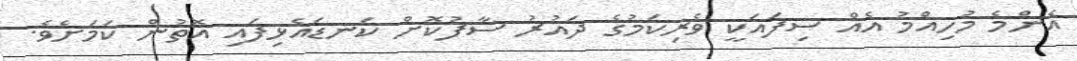
އެންމެ މުހިއްމު އެއް ސިފައަކީ ވެރިކަމުގެ ދައުރު ސާފުކޮށް ކަނޑައެޅިފައި އޮތުން ކަމަށެވެ.